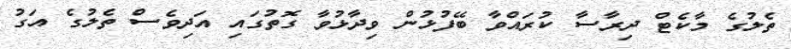
ތެލުގެ މާކެޓް ދިރާސާ ކުރައްވާ ބޭފުޅުން ވިދާޅުވާ ގޮތުގައި އަދިވެސް ތެލުގެ އަގު